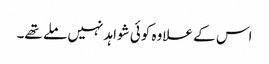
اس کے علاوہ کوئی شواہد نہیں ملے تھے۔